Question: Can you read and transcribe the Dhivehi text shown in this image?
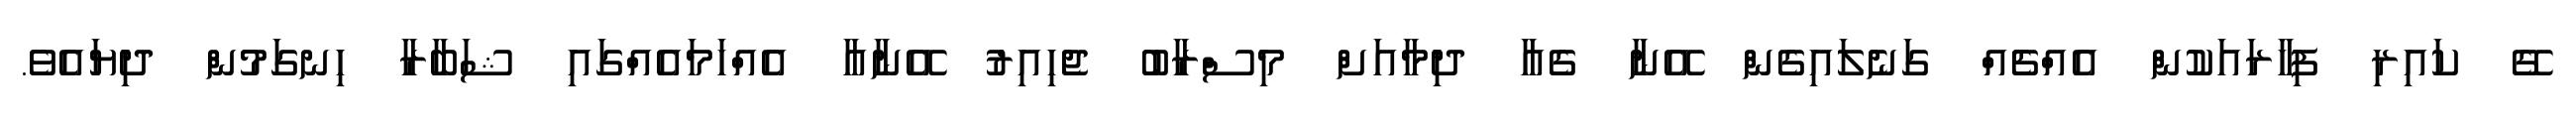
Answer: ގޭ ކައިރި ފިހާރައަކުން އެއްޗެއް ގަނެލައިގެން އޭނާ ގެއާ ދިމާއަށް މިސްރާބު ޖެހިއިރު އޭނާއާ އެއްހަމައެއްގައި ޝަބާރާ ހިނގަމުން ދިޔައެވެ.